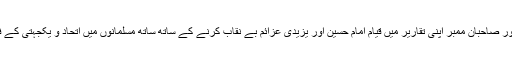
علماء کرام‘ذاکرین عظام‘ خطباء حضرات اور صاحبان ممبر اپنی تقاریر میں قیام امام حسین اور یزیدی عزائم بے نقاب کرنے کے ساتھ ساتھ مسلمانوں میں اتحاد و یکجہتی کے فروع اور فرقہ وارانہ ہم آہنگی پر زور دیں۔